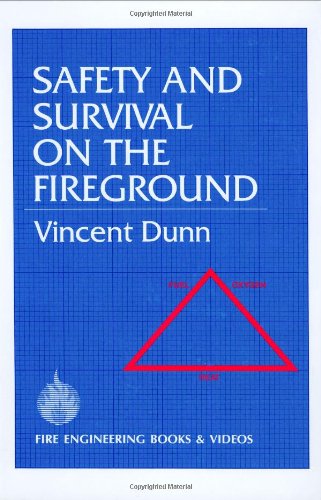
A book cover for Safety and Survival on the Fireground; Vincent Dunn; Reference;